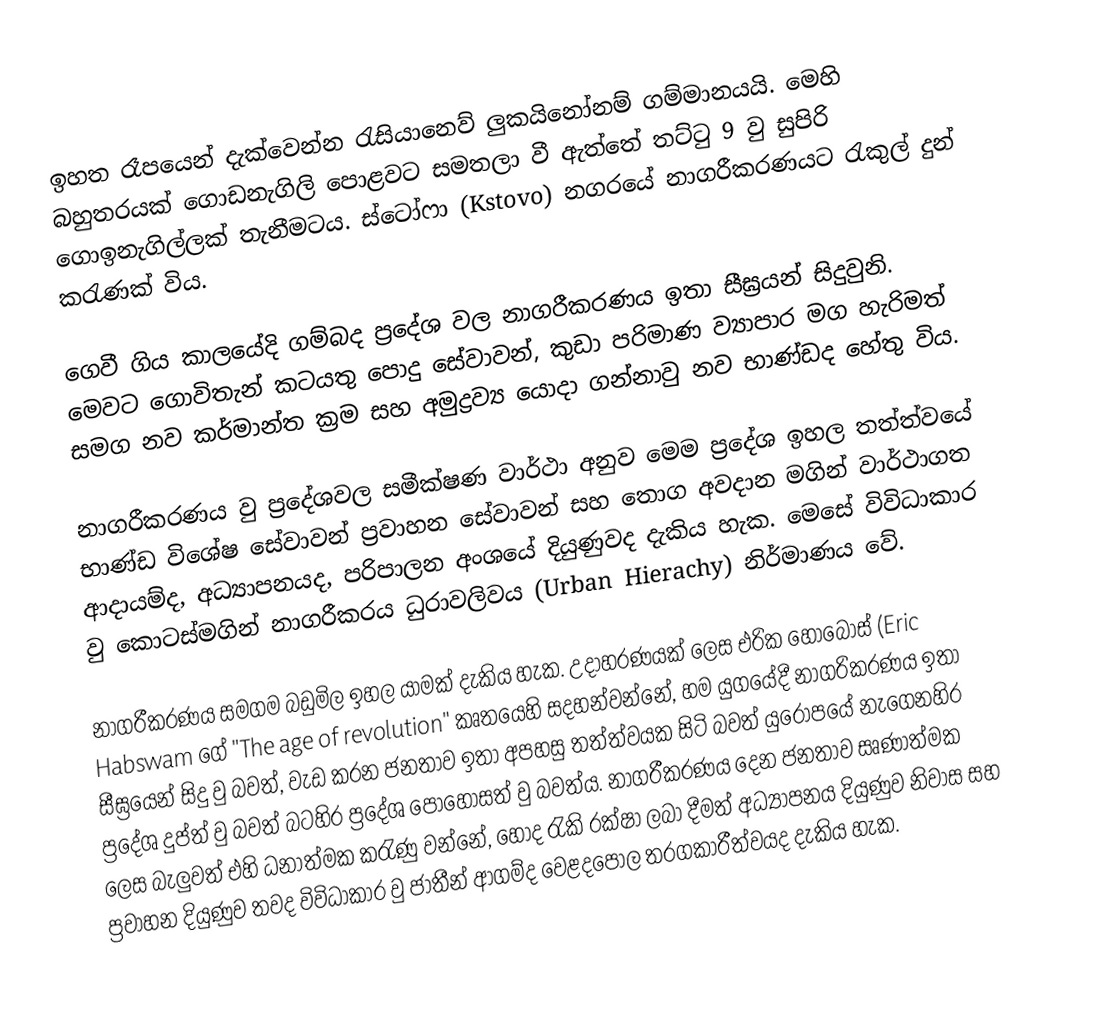
ඉහත රෑපයෙන් දැක්වෙන්න රැසියානෙව් ලුකයිනෝනම් ගම්මානයයි. මෙහි බහුතරයක් ගොඩනැගිලි පොළ‍වට සමතලා වී ඇත්තේ තට්ටු 9 වු  සුපිරි ගොඉනැගිල්ලක් තැනීමටය. ස්ටෝෆා (Kstovo) නගරයේ නාගරීකරණයට රැකුල් දුන් කරැණක් විය.

ගෙවී ගිය කාලයේදි ගම්බද ප්‍රදේශ වල නාගරීකරණය ඉතා සීඝ්‍රයන් සිදුවුනි. මෙවට ගොවිතැන් කටයතු පොදු සේවාවන්, කුඩා පරිමාණ ව්‍යාපාර මග හැරිමත් සමග නව කර්මාන්ත ක්‍රම සහ අමුද්‍රව්‍ය යොදා ගන්නාවු නව භාණ්ඩද හේතු විය.

නාගරීකරණය වු ප්‍රදේශවල සමීක්ෂණ වාර්ථා අනුව මෙම ප්‍රදේශ ඉහල තත්ත්වයේ භාණ්ඩ විශේෂ සේවාවන් ප්‍රවාහන සේවාවන් සහ තොග අවදාන මගින් වාර්ථාගත ආදායම්ද, අධ්‍යාපනයද, පරිපාලන අංශයේ දියුණුවද දැකිය හැක. මෙසේ විවිධාකාර වු කොටස්මගින් නාගරීකරය ධුරාවලිවය (Urban Hierachy) නිර්මාණය වේ.

නාගරීකරණය සමගම බඩුමිල ඉහල යාමක් දැකිය හැක. උදාහරණයක් ලෙස එරික ‍හොබොස් (Eric Habswam  ගේ "The age of revolution" කෘත‍යෙහි සදහන්වන්නේ, හම යුගයේදී නාගරිකරණය ඉතා සීඝ්‍රයෙන් සිදු වු ‍බවත්, වැඩ කරන ජනතාව ඉතා අපහසු තත්ත්වයක සිටි බවත් යුරෝපයේ නැගෙනහිර ප්‍රදේශ දුප්ත් වු බවත් බටහිර ප්‍රදේශ පොහොසත් වු බවත්ය. නාගරීකරණය දෙන ජනතාව සෘණාත්මක ලෙස බැලුවත් එහි ධනාත්මක කරැණු වන්නේ, හොද රැකි රක්ෂා ලබා දීමත් අධ්‍යාපනය දියුණුව නිවාස සහ ප්‍රවාහන දියුණුව තවද විවිධාකාර වු ජාතීන් ආගම්ද වෙළදපොල තරගකාරීත්වයද දැකිය හැක.